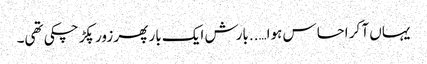
یہاں آ کر احساس ہوا…..بارش ایک بار پھر زور پکڑ چکی تھی۔